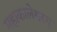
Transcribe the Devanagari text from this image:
महाकालेश्वरम्